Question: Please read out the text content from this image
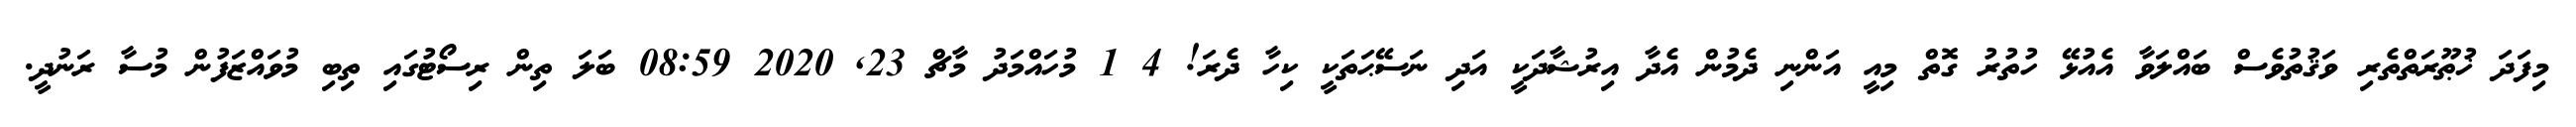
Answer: މިފަދަ ޚުޠޫރަތްތެރި ވަޤުތުވެސް ބައްލަވާ އެއުޅޭ ހުތުރު ގޮތް މިއީ އަންނި ދެމުން އެދާ އިރުޝާދަކީ އަދި ނަސޭޙަތަކީ ކިހާ ދެރަ! 4 1 މުހައްމަދު މާޗް 23, 2020 08:59 ބަލަ ތިން ރިސޯޓުގައި ތިބި މުވައްޒަފުން މުސާ ރަނުދީ.